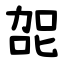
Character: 㖙